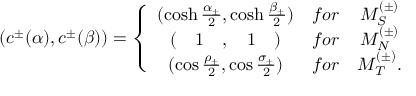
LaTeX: ( c ^ { \pm } ( \alpha ) , c ^ { \pm } ( \beta ) ) = \left\{ \begin{array} { c c c } { { ( \cosh \frac { \alpha _ { \pm } } { 2 } , \cosh \frac { \beta _ { \pm } } { 2 } ) } } & { { f o r } } & { { { \cal M } _ { S } ^ { ( \pm ) } } } \\ { { ( \quad 1 \quad , \quad 1 \quad ) } } & { { f o r } } & { { { \cal M } _ { N } ^ { ( \pm ) } } } \\ { { ( \cos \frac { \rho _ { \pm } } { 2 } , \cos \frac { \sigma _ { \pm } } { 2 } ) } } & { { f o r } } & { { { \cal M } _ { T } ^ { ( \pm ) } . } } \end{array} \right.